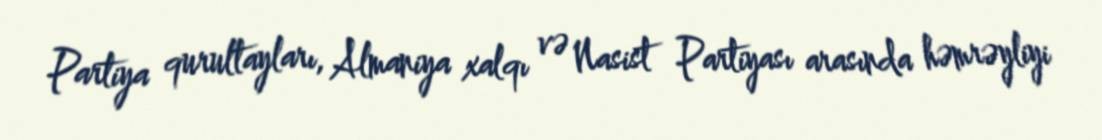
Partiya qurultayları, Almaniya xalqı və Nasist Partiyası arasında həmrəyliyi